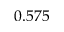
0 . 5 7 5